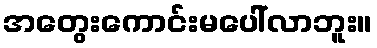
အတွေးကောင်းမပေါ်လာဘူး။